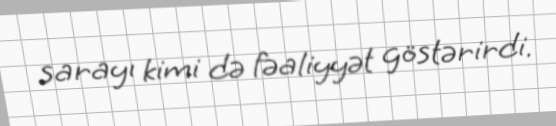
sarayı kimi də fəaliyyət göstərirdi.